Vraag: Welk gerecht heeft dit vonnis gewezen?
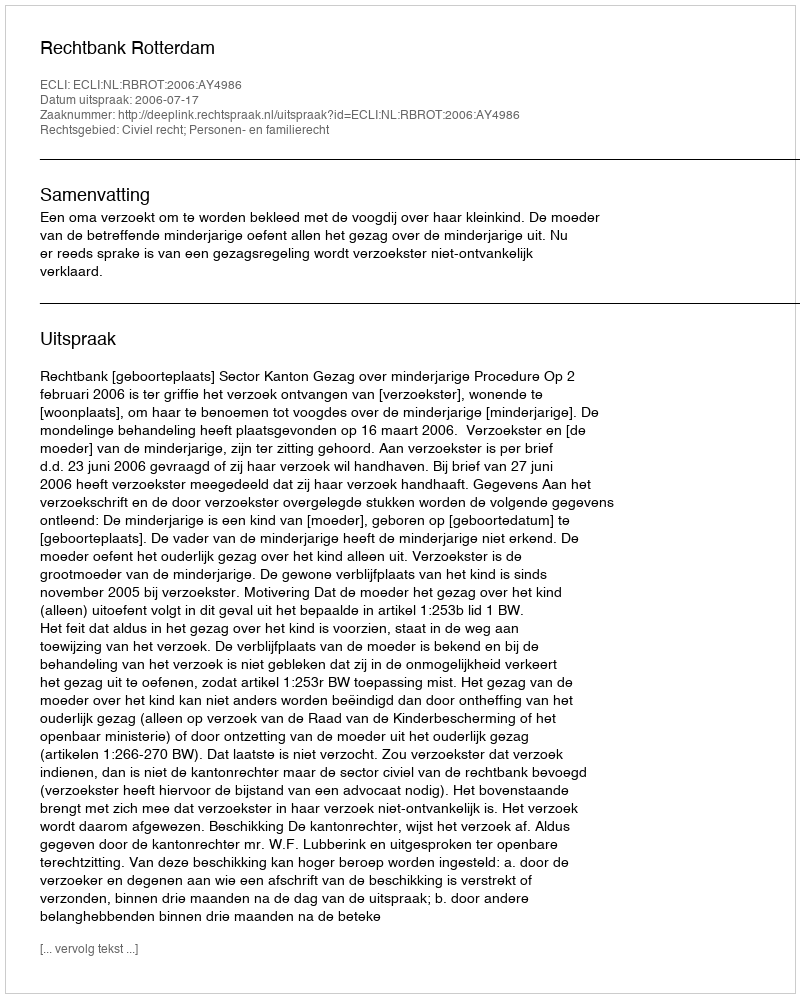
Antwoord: Rechtbank Rotterdam